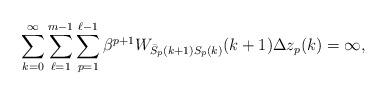
LaTeX: \begin{align*} &\sum_{k=0}^{\infty}\sum_{\ell=1}^{m-1}\sum_{p=1}^{\ell-1}\beta^{p+1}W_{\bar{S}_p(k+1){S}_p(k)}(k+1) \Delta z_p(k)=\infty, \end{align*}